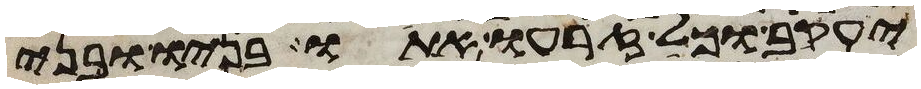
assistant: יעקב וכל זרעו אתו בניו ובני